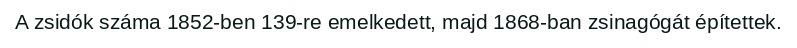
A zsidók száma 1852-ben 139-re emelkedett, majd 1868-ban zsinagógát építettek.